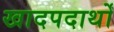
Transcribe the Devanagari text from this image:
खादपदार्थों